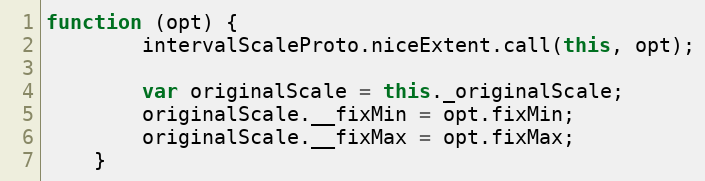
Language: JavaScript
function (opt) {
        intervalScaleProto.niceExtent.call(this, opt);

        var originalScale = this._originalScale;
        originalScale.__fixMin = opt.fixMin;
        originalScale.__fixMax = opt.fixMax;
    }